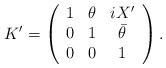
\begin{align*} K^\prime=\left(\begin{array}{ccc}1&\theta&i X^\prime\\0&1&\bar\theta\\0&0&1\end{array}\right).\end{align*}